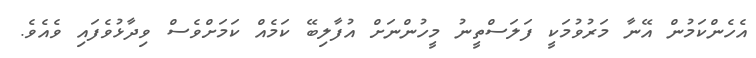
އެހެންކަމުން އޭނާ މަރުވުމަކީ ފަލަސްތީނު މީހުންނަށް އުފާލިބޭ ކަމެއް ކަމަށްވެސް ވިދާޅުވެފައި ވެއެވެ.